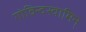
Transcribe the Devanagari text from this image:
गोविन्दस्वामिन्